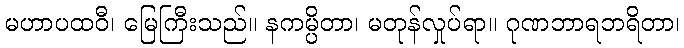
မဟာပထဝီ၊ မြေကြီးသည်။ နကမ္ပိတာ၊ မတုန်လှုပ်ရာ။ ဂုဏဘာရဘရိတာ၊